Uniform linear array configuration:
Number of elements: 24
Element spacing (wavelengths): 0.5
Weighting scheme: hamming
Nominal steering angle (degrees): -60
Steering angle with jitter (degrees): -61.187
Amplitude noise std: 0.05
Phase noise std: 0.05

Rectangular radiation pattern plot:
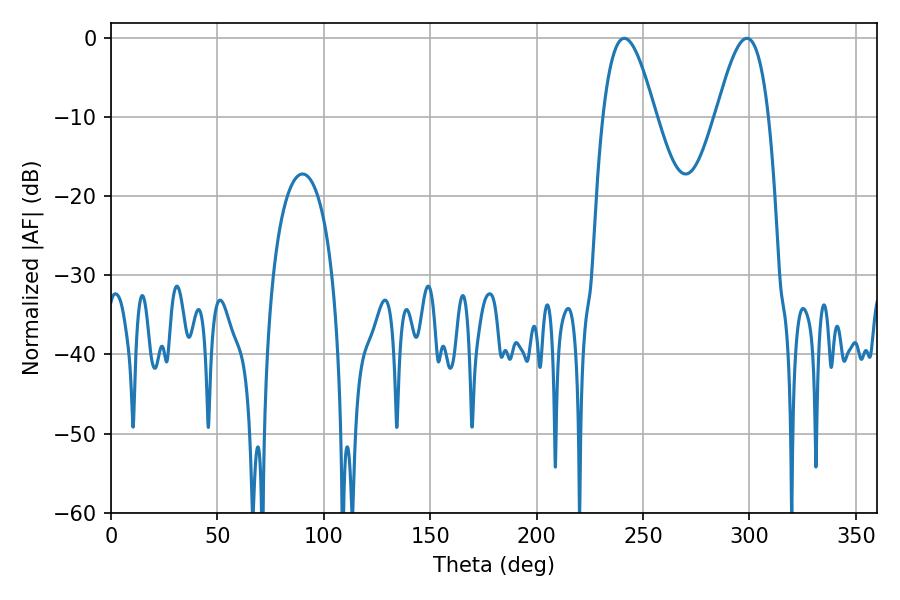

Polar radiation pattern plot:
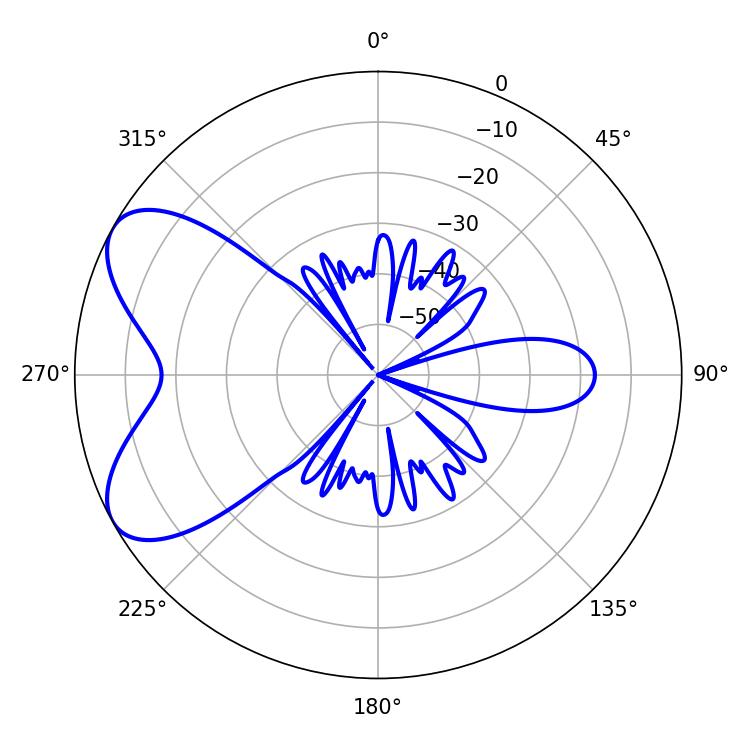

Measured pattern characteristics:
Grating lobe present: FALSE
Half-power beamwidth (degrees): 13.32
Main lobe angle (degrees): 241.2